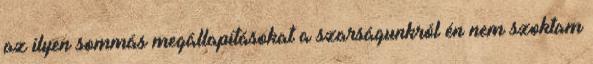
az ilyen sommás megállapításokat a szarságunkról én nem szoktam